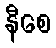
နီစေ